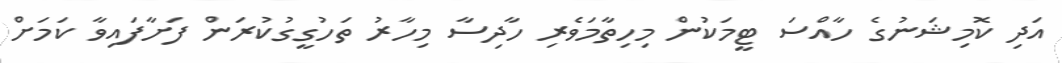
އަދި ކޮމިޝަނުގެ ހާއްސަ ޓީމަކުން މިހިތާމަވެރި ހާދިސާ މިހާރު ތަހުގީގުކުރަން ފަށާފައިވާ ކަމަށް